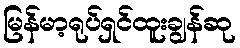
မြန်မာ့ရုပ်ရှင်ထူးချွန်ဆု